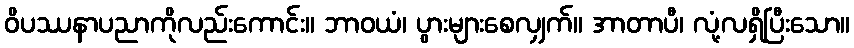
ဝိပဿနာပညာကိုလည်းကောင်း။ ဘာဝယံ၊ ပွားများစေလျှက်။ အာတာပီ၊ လုံ့လရှိပြီးသော။